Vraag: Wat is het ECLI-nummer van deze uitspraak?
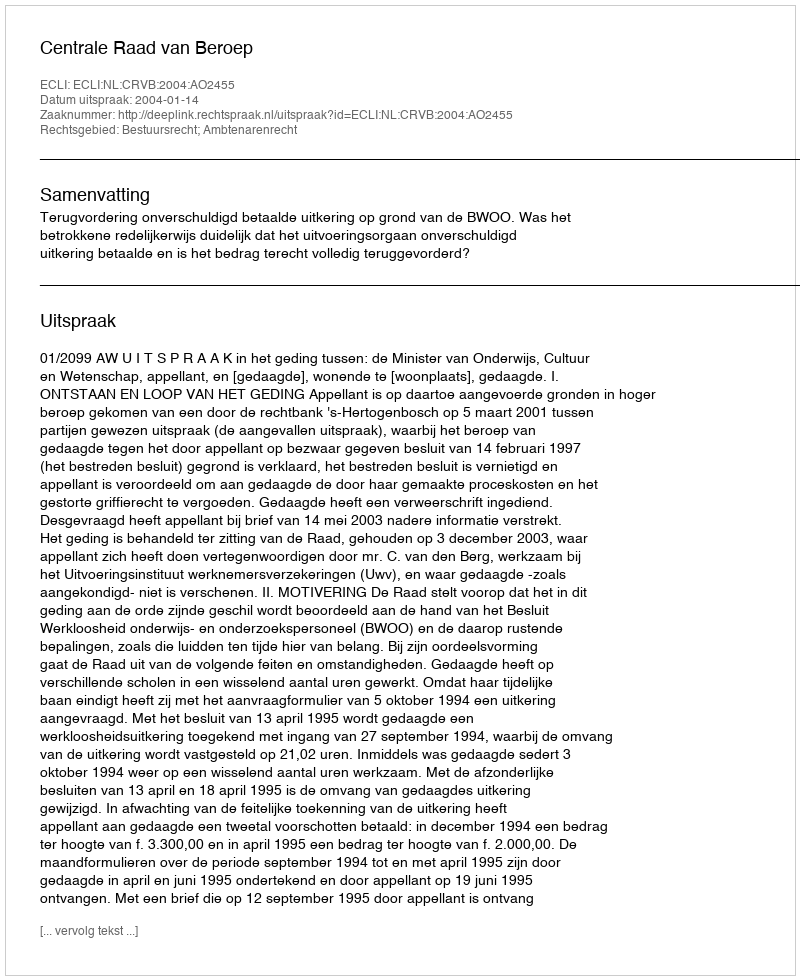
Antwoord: ECLI:NL:CRVB:2004:AO2455